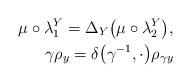
LaTeX: \begin{align*}\mu\circ\lambda_1^Y=\Delta_Y \big(\mu\circ\lambda_2^Y\big),\\\gamma \rho_y=\delta \big(\gamma^{-1},\cdot\big)\rho_{\gamma y}\end{align*}